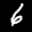
Label: 6